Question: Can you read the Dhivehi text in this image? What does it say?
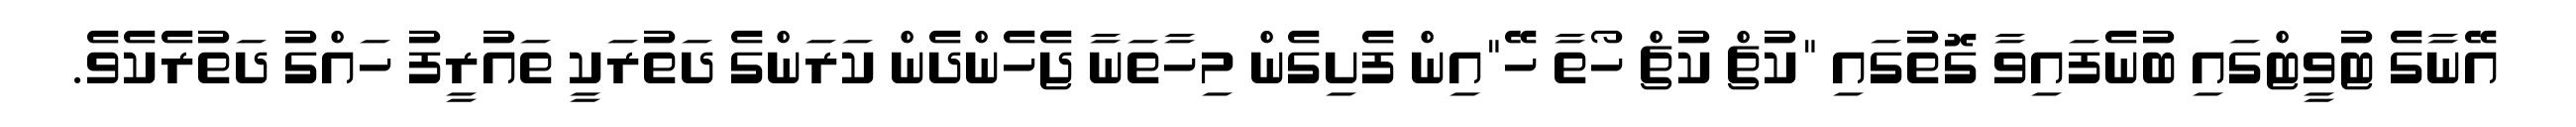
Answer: އޭނާގެ ޓުވީޓްގައި ބުނެފައިވާ ގޮތުގައި "ކުޗް ކުޗް ހޯތާ ހޭ"އިން ފެށިގެން މިހާތަނާ ޖެހެންދެން ކަރަންގެ ދަތުރަކީ ތައުރީފު ހައްގު ދަތުރެކެވެ.